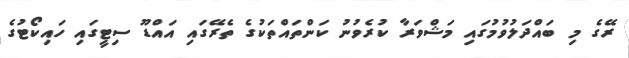
ރޭގެ މި ބައްދަލުވުމުގައި މަޝްވަރާ ކުރެވުނު ކަންތައްތަކުގެ ތެރޭގައި އައްޑޫ ސިޓީގައި ހައިކޯޓުގެ